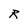
Character: R